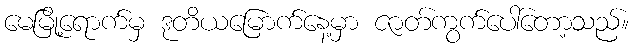
မေမြို့ရောက်မှ ဒုတိယမြောက်နေ့မှာ ဇာတ်ကွက်ပေါ်တော့သည်။